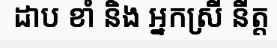
ដាប ខាំ និង អ្នកស្រី នីត្ត